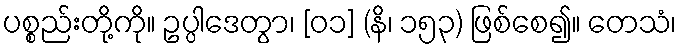
ပစ္စည်းတို့ကို။ ဥပ္ပါဒေတွာ၊ [၀၁] (နိ၊ ၁၅၃) ဖြစ်စေ၍။ တေသံ၊